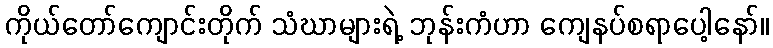
ကိုယ်တော်ကျောင်းတိုက် သံဃာများရဲ့ ဘုန်းကံဟာ ကျေနပ်စရာပေါ့နော်။